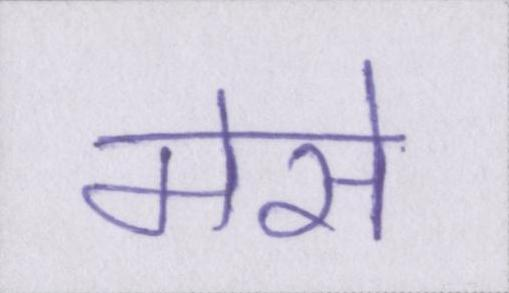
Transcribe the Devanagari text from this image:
मेसे